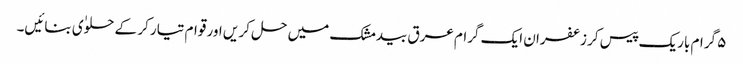
۵ گرام باریک پیس کر زعفران ایک گرام عرق بیدمشک میں حل کر یں اور قوام تیار کر کے حلوٰی بنائیں۔